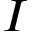
I